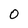
Character: 0